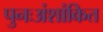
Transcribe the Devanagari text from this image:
पुनःअंशांकित